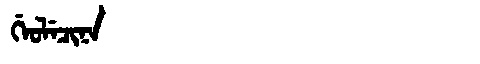
Manchu: ᡤᡝᠣᠯᡝᠴᡳᠨᠠ
Romanization: GEOLECINA